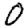
Digit: 0